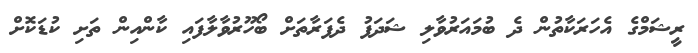
ރީޝަމްގެ އެހަރަކާތުން ދެ ބުމައަރުވާލި ޝަދަފު ދެފަރާތަށް ބޯހޫރުވާލާފައި ކާންއިން ތަށި ކުޑަކޮށް